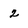
Character: z